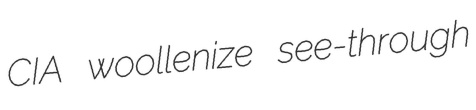
CIA woollenize see-through